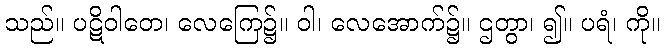
သည်။ ပဋိဝါတေ၊ လေကြေ၌။ ဝါ၊ လေအောက်၌။ ဌတွာ၊ ၍။ ပရံ၊ ကို။